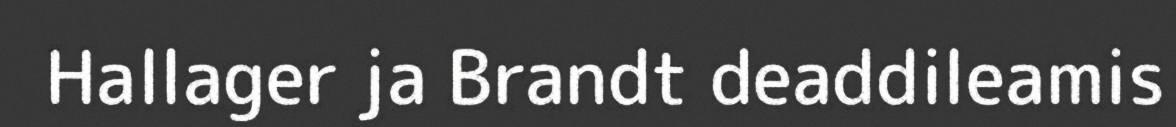
Hallager ja Brandt deaddileamis